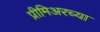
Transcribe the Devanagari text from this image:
प्रीमिअरच्या